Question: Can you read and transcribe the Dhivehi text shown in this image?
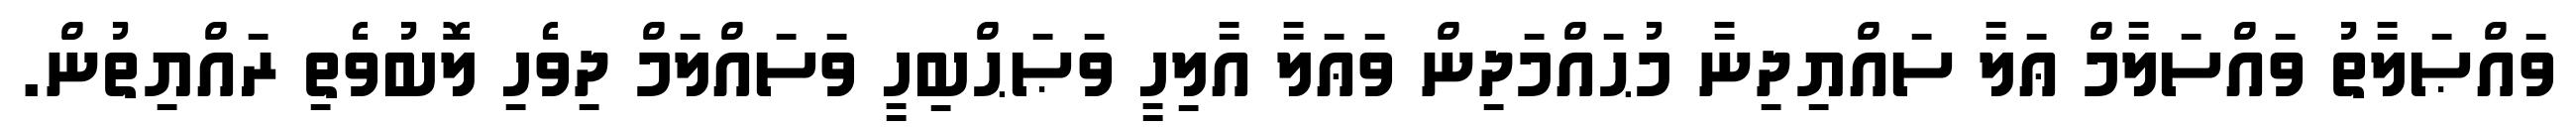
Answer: ވައްޞަލާތު ވައްސަލާމް ޢަލާ ސައްޔިދިނާ މުޙައްމަދިން ވަޢަލާ އާލިހީ ވަޞަޙްބިހީ ވަސައްލަމް ދިވެހި ލޮބުވެތި ރައްޔިތުން.